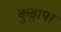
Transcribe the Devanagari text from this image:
कुड्डापा